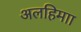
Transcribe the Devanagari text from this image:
अलहिमाा